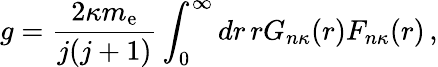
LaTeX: g=\frac{2\kappa m_{\mathrm{e}}}{j(j+1)}\int_{0}^{\infty}dr\, rG_{n\kappa}(r)F_{n\kappa}(r)\, ,